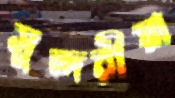
সুন্দরীয়া